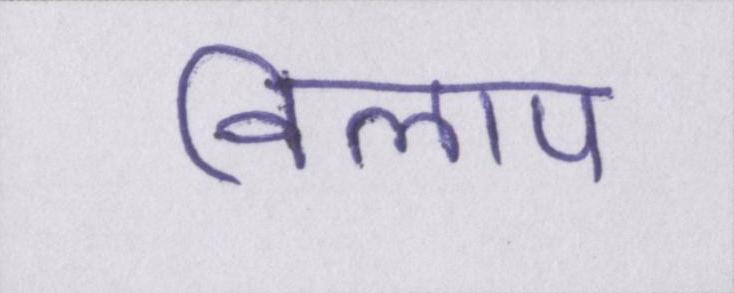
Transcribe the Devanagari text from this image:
विलाप